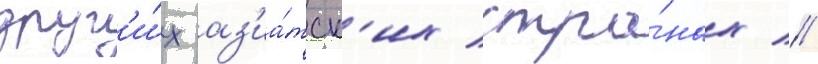
друг'и́х аз'иа́тск'их стра́нах //